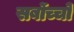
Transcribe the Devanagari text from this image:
सर्बोच्चो